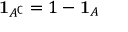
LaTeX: \mathbf { 1 } _ { A ^ { \complement } } = 1 - \mathbf { 1 } _ { A }